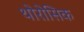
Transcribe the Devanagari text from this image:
थोरोसिक